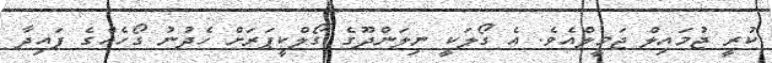
ކުރީ ޖުމައިލް ޖަމީލްއެވެ. އެ ގޯލަކީ ނިލަންދޫގެ ގޯލްކީޕަރަށް ހެދުނު ގޯހެއްގެ ފައިދާ